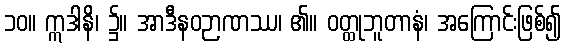
၁၀။ ဣဒါနိ၊ ၌။ အာဒီနဝဉာဏဿ၊ ၏။ ဝတ္ထုဘူတာနံ၊ အကြောင်းဖြစ်၍